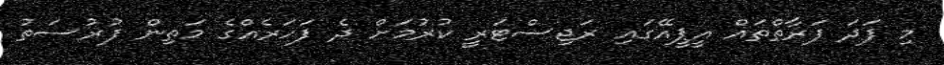
މި ފަދަ ފަރާތްތައް އީޕީއޭގައި ރަޖިސްޓަރީ ކުރުމަށް ދެ ފަހަރެއްގެ މަތިން ފުރުސަތު